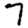
Digit: 7